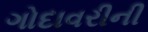
ગોદાવરીની